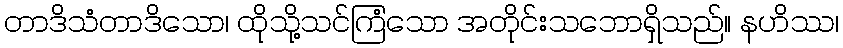
တာဒိသံတာဒိသော၊ ထိုသို့သင်ကြံသော အတိုင်းသဘောရှိသည်။ နဟိဿ၊